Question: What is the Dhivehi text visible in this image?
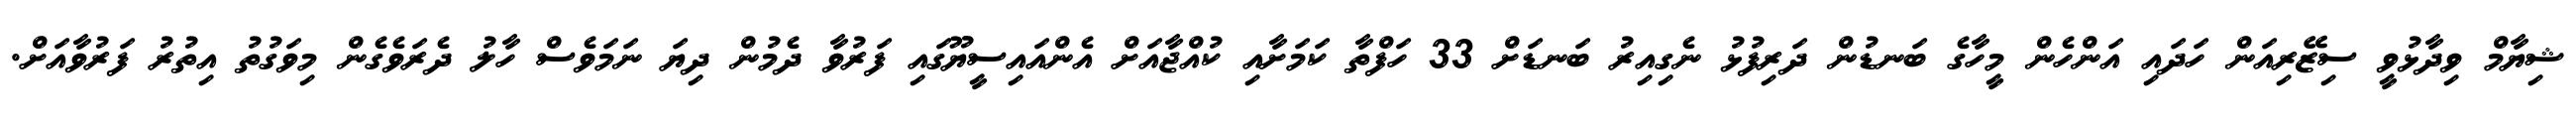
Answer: ޝިޔާމް ވިދާޅުވީ ސިޒޭރިއަން ހަދައި އަންހެން މީހާގެ ބަނޑުން ދަރިފުޅު ނެގިއިރު ބަނޑަށް 33 ހަފްތާ ކަމަށާއި ކުއްޖާއަށް އެންއައިސީޔޫގައި ފަރުވާ ދެމުން ދިޔަ ނަމަވެސް ހާލު ދެރަވެގެން މިވަގުތު އިތުރު ފަރުވާއަށް.